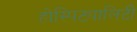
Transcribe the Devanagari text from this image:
होस्पिट्यालिटी